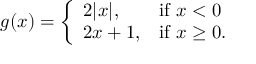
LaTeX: g ( x ) = { \left\{ \begin{array} { l l } { 2 | x | , } & { { \mathrm { i f ~ } } x < 0 } \\ { 2 x + 1 , } & { { \mathrm { i f ~ } } x \geq 0 . } \end{array} \right. }